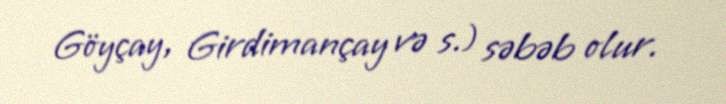
Göyçay, Girdimançay və s.) səbəb olur.